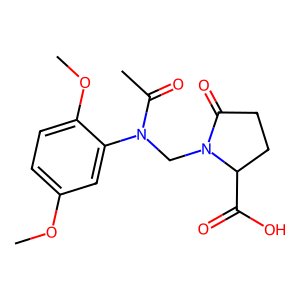
SMILES: COc1ccc(OC)c(N(CN2C(=O)CCC2C(=O)O)C(C)=O)c1
Inhibits HIV replication: No